Lunatic asylums Madras 1892-1911 - 1892-1911
Year: 1892
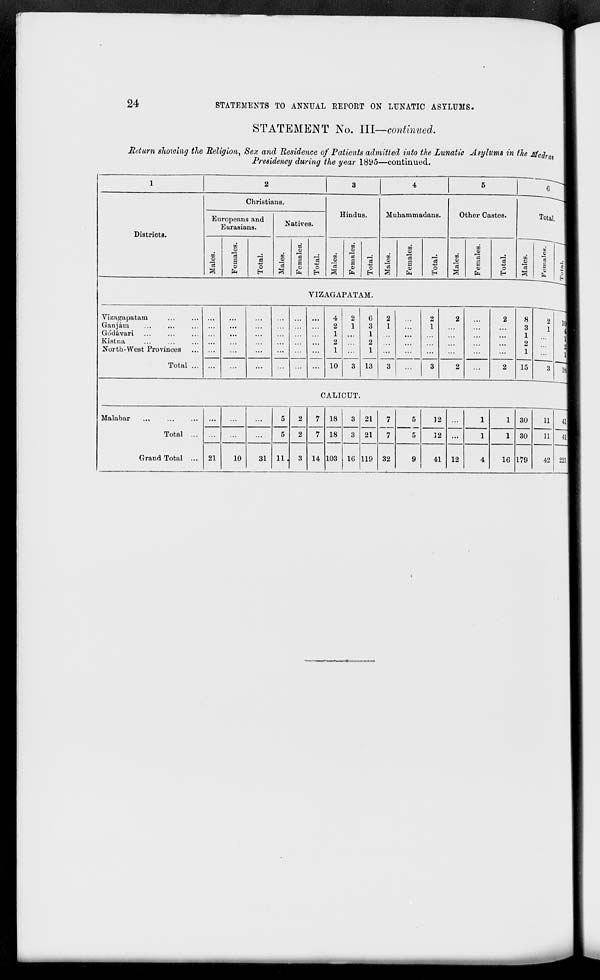
24
STATEMENTS TO ANNUAL REPORT ON LUNATIC ASYLUMS.
STATEMENT No. Ill—continued.
Return showing the Religion, Sex and Residence of Patients admitted into the Lunatic Asylums in the Mfadran
Presidency during the year 1895—continued.
1
2
3
4
5
6
Christians.
Hindus.
Muhammadans.
Other Castes.
Europeans and
Eurasians.
Natives.
Total.
1
District s.
on
oo"
V
00
0)
00
OJ
oo
o>
CO
0
00
3
d
in
03
oo
c3
3
00
S
S
CD
a
o
"3
s
CD
C3
S
S
fa
c8
o
3
a
01
fa
d
O
E-i
CD
3
S
fa
c8
O
"3
a
a «l
o 1
VIZAGAPATAM.
Vizagapatam
4
2
6
2
2
2
2
8
2
io|
Ganjam
...
...
2
1
3
1
1
...
3
1
Godavari
...
1
1
1
Kistna
2
2
2
1
North-West Provinces
Total ... ...
...
...
...
1 ...
1
13
3
...
...
...
1
15
...
...
10
3
... 1 3
2
...
2
3
i3
CALICUT.
Malabar
Total ...
Grand Total ...
...
...
...
5
5
2
2
3
7
7
14
18
3 21
21
7
7
5
12
1
1 30
11
i:|
...
...
...
18
103
3
10
5
12
1
1 30
179
11
itt
21
10
31 11.
119 32
9
41 12
4
16
42 221